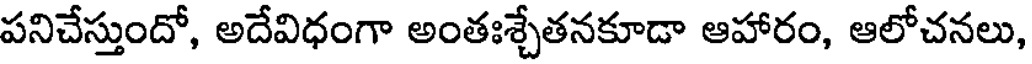
పనిచేస్తుందో, అదేవిధంగా అంతఃశ్చేతనకూడా ఆహారం, ఆలోచనలు,